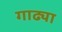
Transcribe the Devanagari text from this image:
गाढ्या